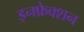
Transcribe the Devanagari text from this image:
इनफ्रेक्शन